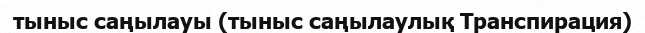
тыныс саңылауы (тыныс саңылаулық Транспирация)